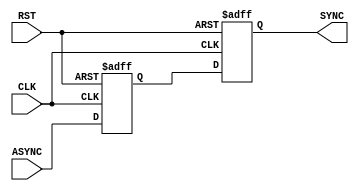
module BIT_SYNC_SYS #(parameter DATA_WIDTH=1 , NUM_STAGES=2)
   ( input  wire                       CLK,
     input  wire                       RST,
     input  wire   [DATA_WIDTH-1:0]    ASYNC,

     output reg    [DATA_WIDTH-1:0]    SYNC 
   );



 
reg  stage;

always @(posedge CLK or negedge RST) 
   begin
     if(!RST)
       begin
        SYNC  <='b0;
        stage <='b0;
       end
     else  
       begin
        stage<=ASYNC;
        SYNC <=stage;
       end          
    end
endmodule

















//parameterized
/*
reg [NUM_STAGES-1:0]  stages;
integer I;

always @(posedge CLK or negedge RST )
  begin
     if(!RST)
        begin
          SYNC<='b0;        
        end  
     else 
        begin
            stages[0] <= ASYNC;
         for ( I=0 ;I<NUM_STAGES ;I=I+1 )
           begin
             stages[I+1]<=stages[I];   
           end
            SYNC<=stages[I-1]; 
        end    
  end

endmodule
*/